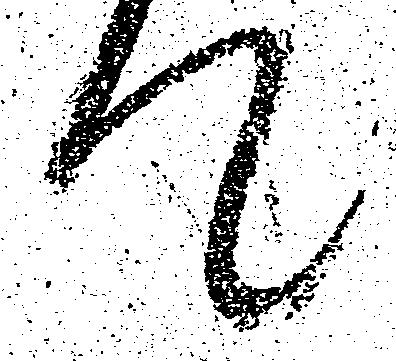
て